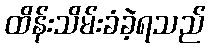
ထိန်းသိမ်းခံခဲ့ရသည်